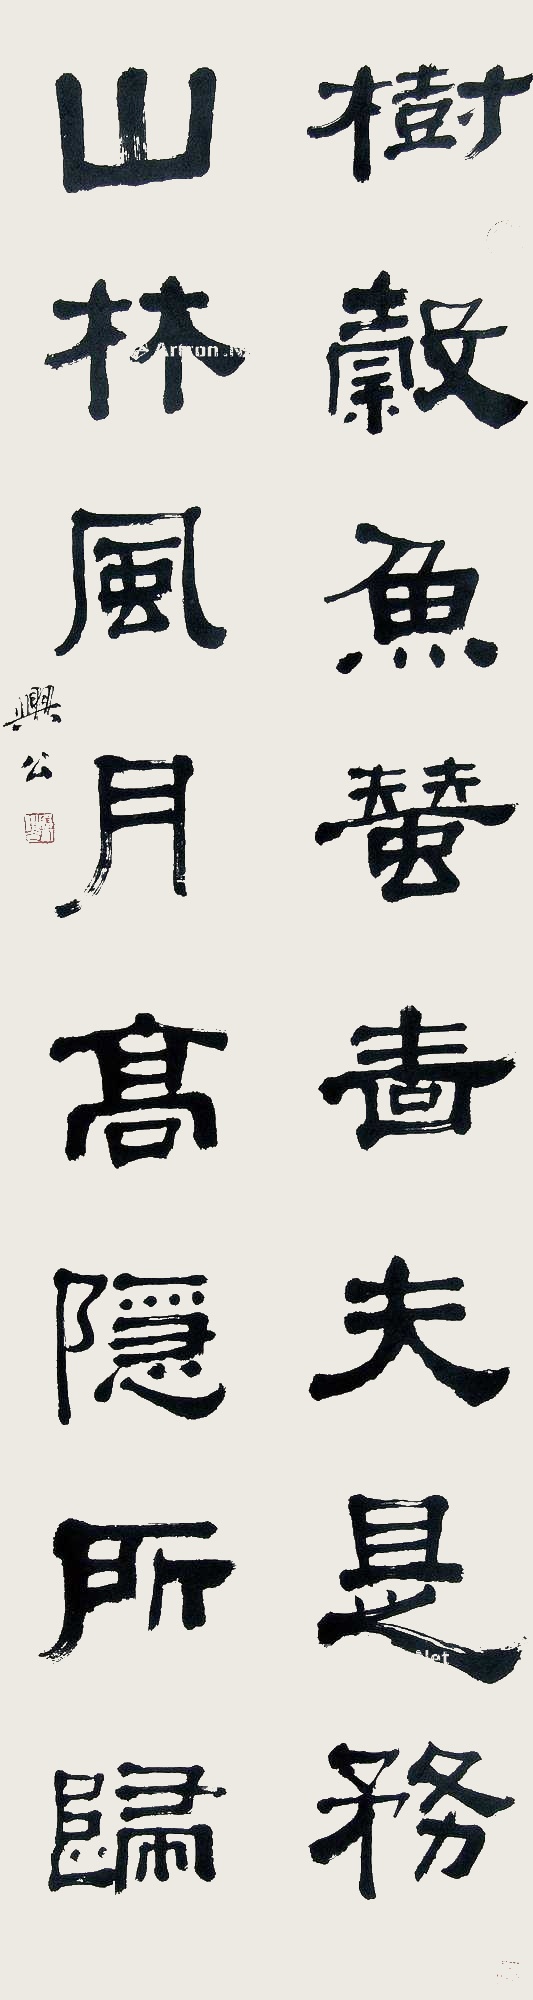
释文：树谷鱼蚕啬夫是务，山林风月高隐所归。兴公。